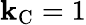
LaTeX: \mathbf{k}_{\mathrm{{{C}}}}=1